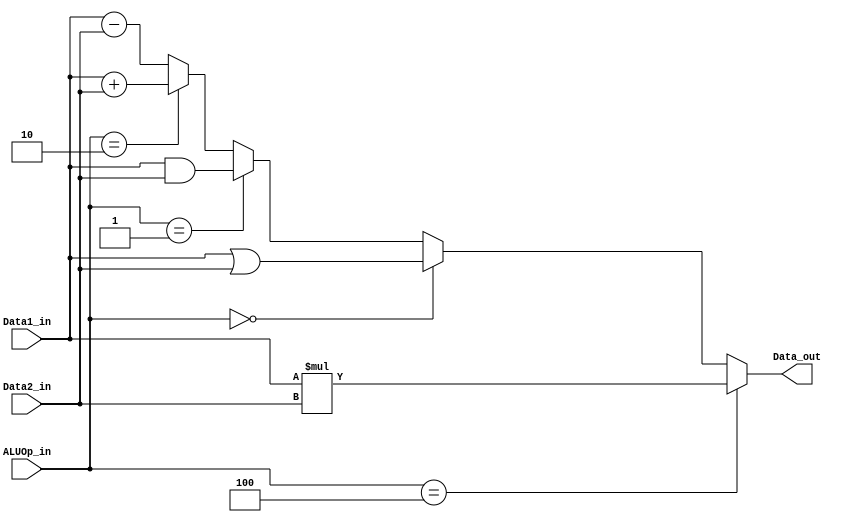
module ALU(Data1_in, Data2_in, ALUOp_in,Data_out);

input [31:0] Data1_in;
input [31:0] Data2_in;
input [2:0] ALUOp_in;
output [31:0] Data_out;

assign Data_out = (ALUOp_in == 4) ? Data1_in * Data2_in:
	            (ALUOp_in == 0) ? Data1_in | Data2_in:
	            (ALUOp_in == 1) ? Data1_in & Data2_in:
	            (ALUOp_in == 2) ? Data1_in + Data2_in:
	            Data1_in - Data2_in;
endmodule